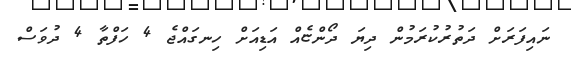
ނައިފަރަށް ދަތުރުކުރަމުން ދިޔަ ދޯންޏެއް އަޑިއަށް ހިނގައްޖެ 4 ހަފްތާ 4 ދުވަސް